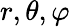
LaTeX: r,\theta,\varphi